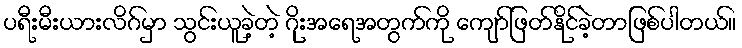
ပရီးမီးယားလိဂ်မှာ သွင်းယူခဲ့တဲ့ ဂိုးအရေအတွက်ကို ကျော်ဖြတ်နိုင်ခဲ့တာဖြစ်ပါတယ်။